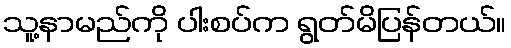
သူ့နာမည်ကို ပါးစပ်က ရွတ်မိပြန်တယ်။